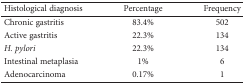
<table><thead><tr><td><b>Histological diagnosis</b></td><td><b>Percentage</b></td><td><b>Frequency</b></td></tr></thead><tbody><tr><td>Chronic gastritis</td><td>83.4%</td><td>502</td></tr><tr><td>Active gastritis</td><td>22.3%</td><td>134</td></tr><tr><td><i>H. pylori</i></td><td>22.3%</td><td>134</td></tr><tr><td>Intestinal metaplasia</td><td>1%</td><td>6</td></tr><tr><td>Adenocarcinoma</td><td>0.17%</td><td>1</td></tr></tbody></table>